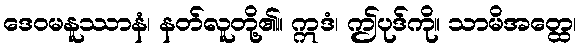
ဒေဝမနူဿာနံ၊ နတ်လူတို့၏။ ဣဒံ၊ ဤပုဒ်ကို။ သာမိအတ္ထေ၊